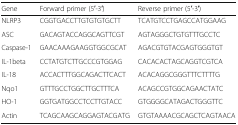
<table><thead><tr><td><b>Gene</b></td><td><b>Forward primer (5′-3′)</b></td><td><b>Reverse primer (5′-3′)</b></td></tr></thead><tbody><tr><td>NLRP3</td><td>CGGTGACCTTGTGTGTGCTT</td><td>TCATGTCCTGAGCCATGGAAG</td></tr><tr><td>ASC</td><td>GACAGTACCAGGCAGTTCGT</td><td>AGTAGGGCTGTGTTTGCCTC</td></tr><tr><td>Caspase-1</td><td>GAACAAAGAAGGTGGCGCAT</td><td>AGACGTGTACGAGTGGGTGT</td></tr><tr><td>IL-1beta</td><td>CCTATGTCTTGCCCGTGGAG</td><td>CACACACTAGCAGGTCGTCA</td></tr><tr><td>IL-18</td><td>ACCACTTTGGCAGACTTCACT</td><td>ACACAGGCGGGTTTCTTTTG</td></tr><tr><td>Nqo1</td><td>GTTTGCCTGGCTTGCTTTCA</td><td>ACAGCCGTGGCAGAACTATC</td></tr><tr><td>HO-1</td><td>GGTGATGGCCTCCTTGTACC</td><td>GTGGGGCATAGACTGGGTTC</td></tr><tr><td>Actin</td><td>TCAGCAAGCAGGAGTACGATG</td><td>GTGTAAAACGCAGCTCAGTAACA</td></tr></tbody></table>